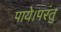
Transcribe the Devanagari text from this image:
पाये।परंतु